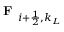
\textbf { F } _ { i + \frac { 1 } { 2 } , k _ { L } }